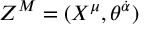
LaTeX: Z ^ { M } = ( X ^ { \mu } , \theta ^ { \dot { \alpha } } )